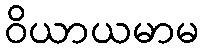
ဝိယာယမာမ